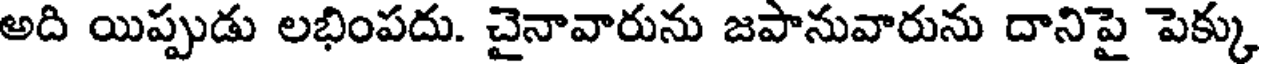
అది యిప్పుడు లభింపదు. చైనావారును జపానువారును దానిపై పెక్కు